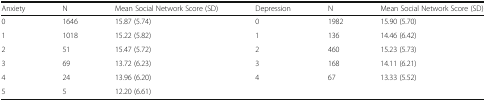
| Anxiety | N | Mean Social Network Score (SD) | Depression | N | Mean Social Network Score (SD) |
 | --- | --- | --- | --- | --- | --- |
 | 0 | 1646 | 15.87 (5.74) | 0 | 1982 | 15.90 (5.70) |
 | 1 | 1018 | 15.22 (5.82) | 1 | 136 | 14.46 (6.42) |
 | 2 | 51 | 15.47 (5.72) | 2 | 460 | 15.23 (5.73) |
 | 3 | 69 | 13.72 (6.23) | 3 | 168 | 14.11 (6.21) |
 | 4 | 24 | 13.96 (6.20) | 4 | 67 | 13.33 (5.52) |
 | 5 | 5 | 12.20 (6.61) | <COLSPAN=3>  |